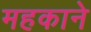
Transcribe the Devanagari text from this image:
महकाने